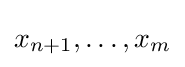
x_{n+1},\dots ,x_{m}